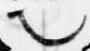
也